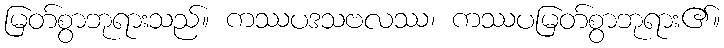
မြတ်စွာဘုရားသည်။ ကဿပဒသဗလဿ၊ ကဿပမြတ်စွာဘုရား၏။